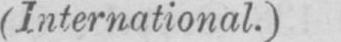
(International.)